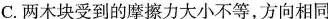
C.两木块受到的摩擦力大小不等，方向相同